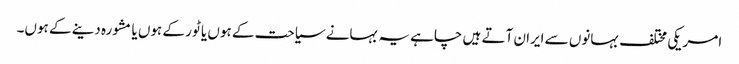
امریکی مختلف بہانوں سے ایران آتے ہیں چاہے یہ بہانے سیاحت کے ہوں یا ٹور کے ہوں یا مشورہ دینے کے ہوں۔